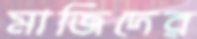
মাজিদের